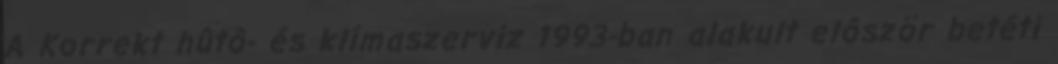
A Korrekt hûtô- és klímaszerviz 1993-ban alakult elôször betéti